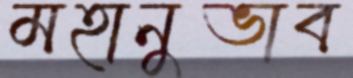
মহানুভাব